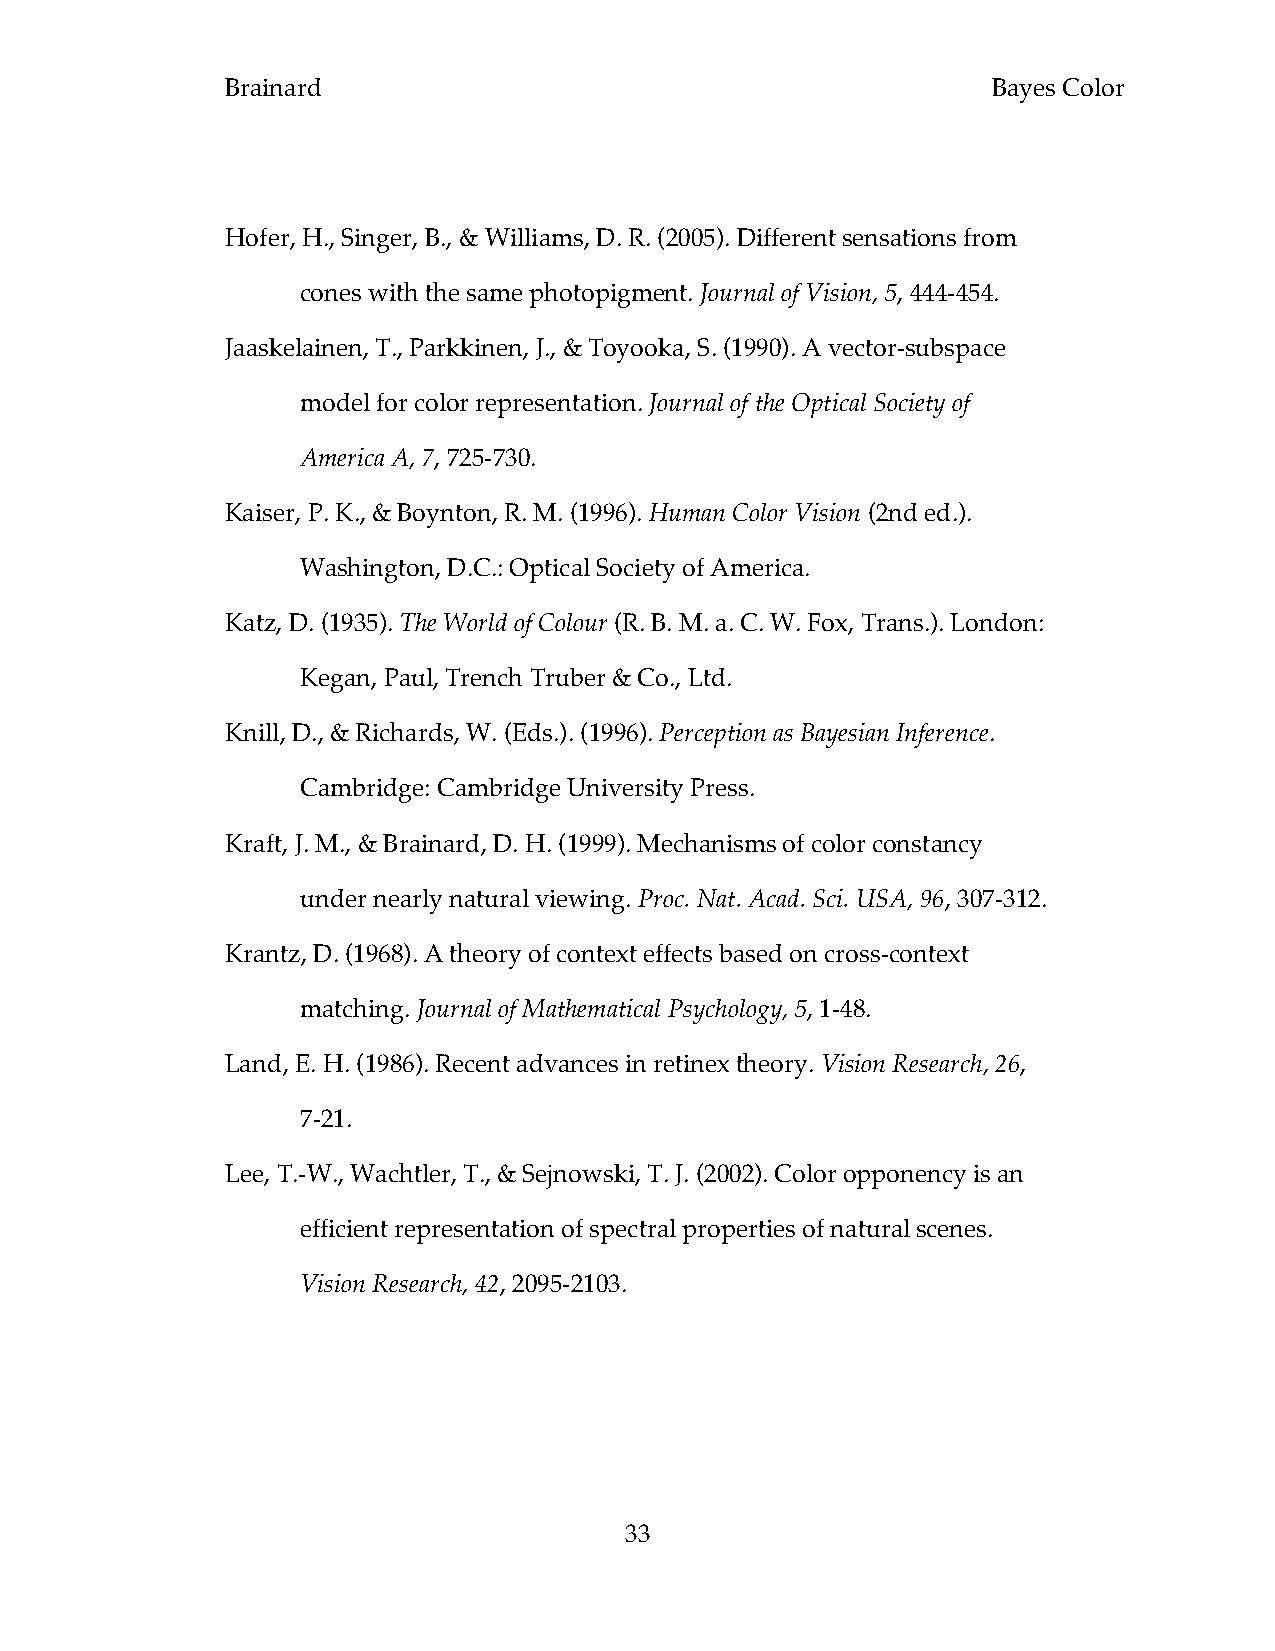
Brainard                                           Bayes Color
 Hofer, H., Singer, B., & Williams, D. R. (2005). Different sensations from
 cones with the same photopigment. Journal of Vision, 5, 444-454.
 Jaaskelainen, T., Parkkinen, J., & Toyooka, S. (1990). A vector-subspace
 model for color representation. Journal of the Optical Society of
 America A, 7, 725-730.
 Kaiser, P. K., & Boynton, R. M. (1996). Human Color Vision (2nd ed.).
 Washington, D.C.: Optical Society of America.
 Katz, D. (1935). The World of Colour (R. B. M. a. C. W. Fox, Trans.). London:
 Kegan, Paul, Trench Truber & Co., Ltd.
 Knill, D., & Richards, W. (Eds.). (1996). Perception as Bayesian Inference.
 Cambridge: Cambridge University Press.
 Kraft, J. M., & Brainard, D. H. (1999). Mechanisms of color constancy
 under nearly natural viewing. Proc. Nat. Acad. Sci. USA, 96, 307-312.
 Krantz, D. (1968). A theory of context effects based on cross-context
 matching. Journal of Mathematical Psychology, 5, 1-48.
 Land, E. H. (1986). Recent advances in retinex theory. Vision Research, 26,
 7-21.
 Lee, T.-W., Wachtler, T., & Sejnowski, T. J. (2002). Color opponency is an
 efficient representation of spectral properties of natural scenes.
 Vision Research, 42, 2095-2103.
 33